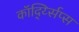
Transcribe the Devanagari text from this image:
कॉर्द्य्सिप्स